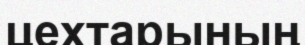
цехтарының